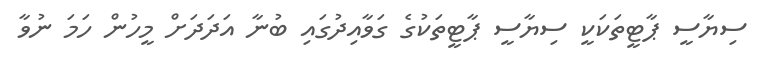
ސިޔާސީ ޕާޓީތަކަކީ ސިޔާސީ ޕާޓީތަކުގެ ގަވާއިދުގައި ބުނާ އަދަދަށް މީހުން ހަމަ ނުވާ